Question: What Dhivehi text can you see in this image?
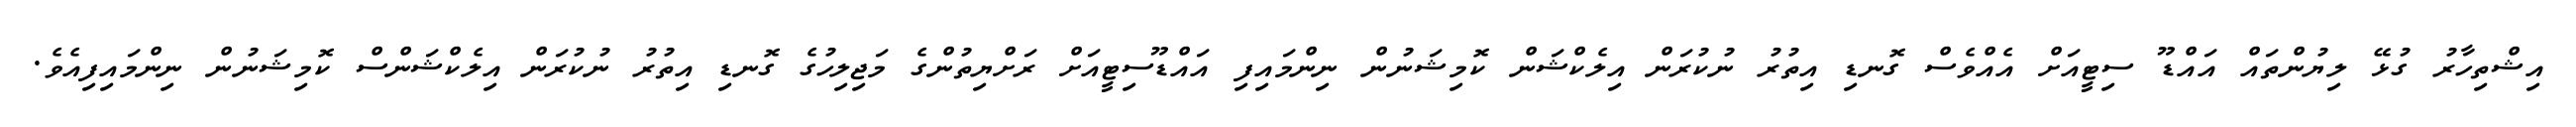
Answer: އިޝްތިހާރު ގުޅޭ ލިޔުންތައް އައްޑޫ ސިޓީއަށް އެއްވެސް ގޮނޑި އިތުރު ނުކުރަން އިލެކްޝަން ކޮމިޝަނުން ނިންމައިފި އައްޑޫސިޓީއަށް ރަށްޔިތުންގެ މަޖިލިހުގެ ގޮނޑި އިތުރު ނުކުރަން އިލެކްޝަންސް ކޮމިޝަނުން ނިންމައިފިއެވެ.